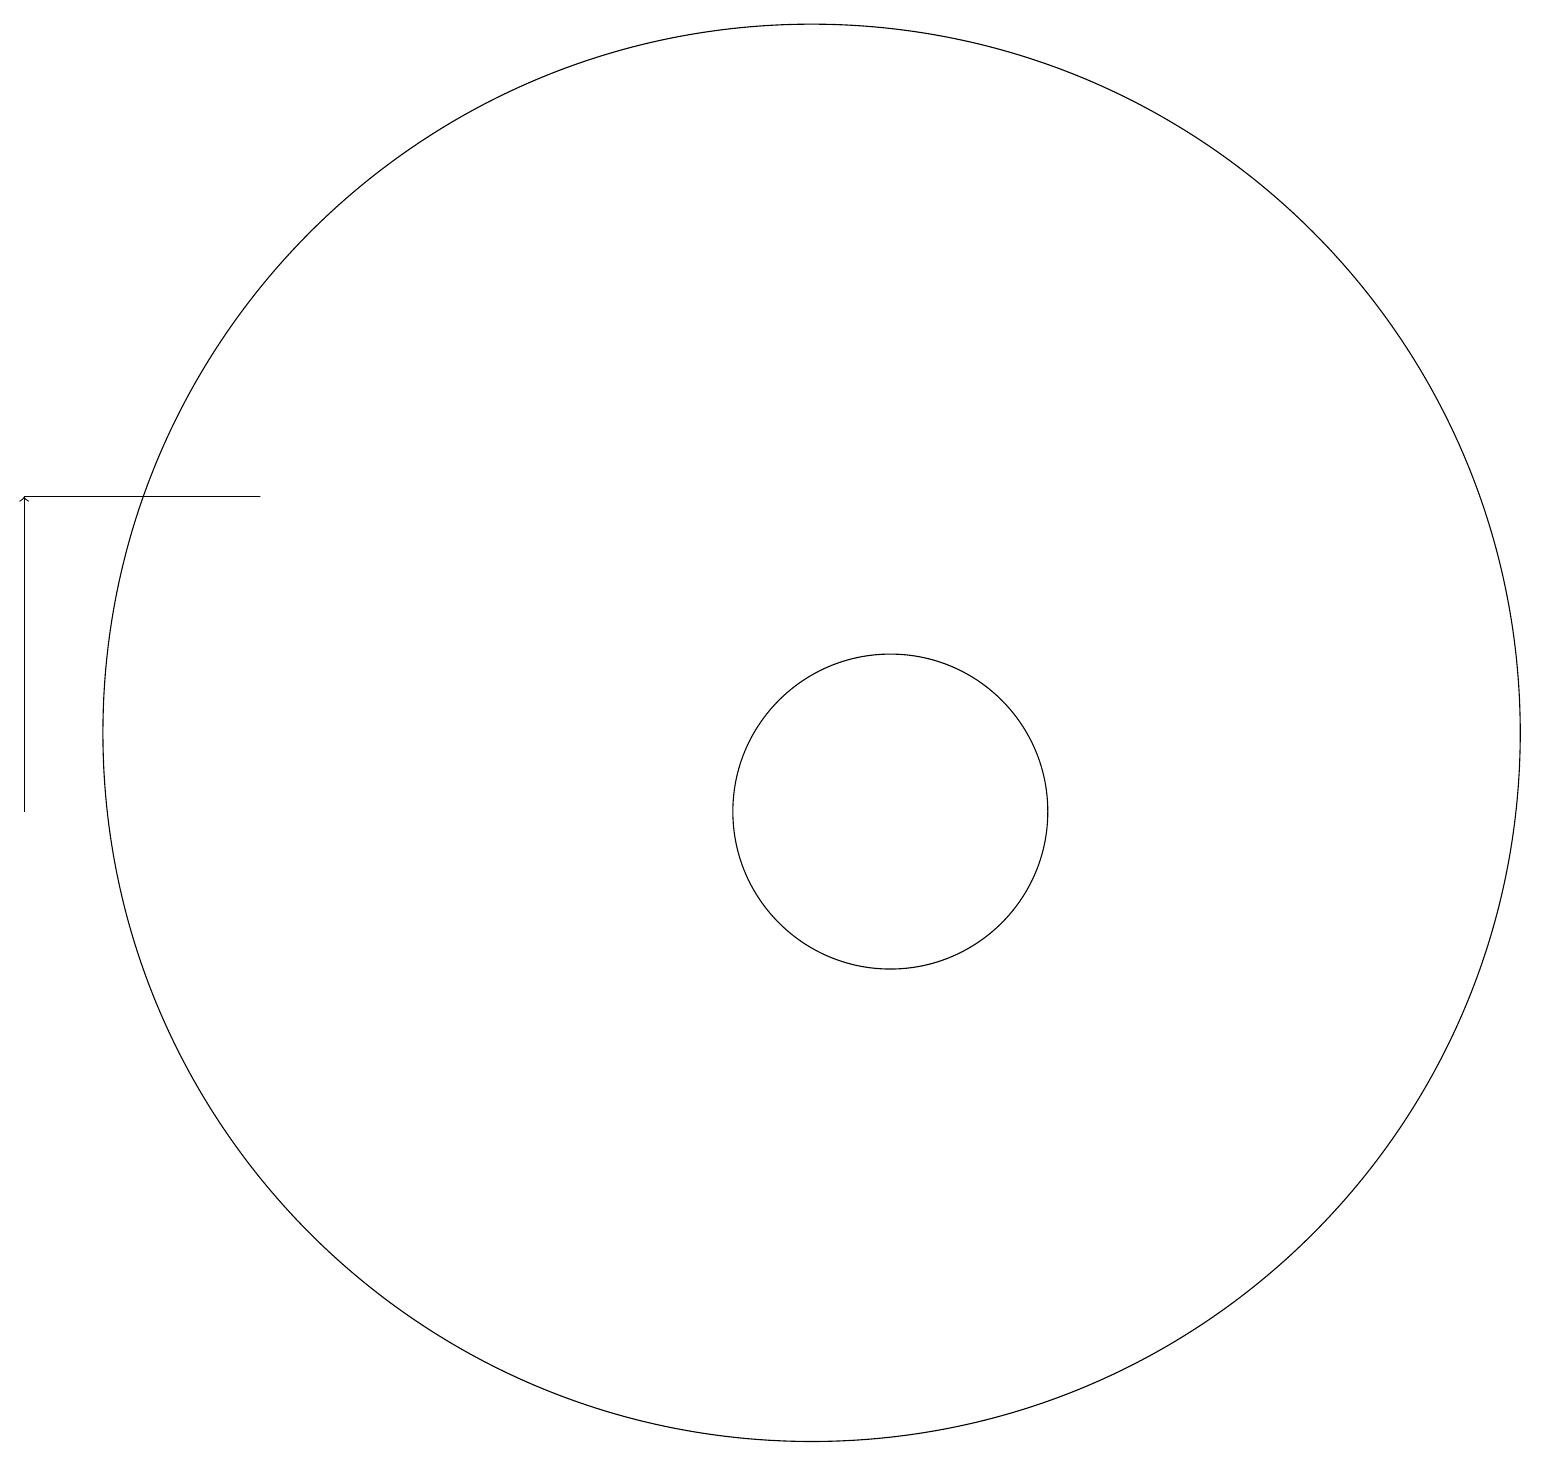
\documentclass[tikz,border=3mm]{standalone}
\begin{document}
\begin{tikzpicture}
\draw (10,11) circle (9);
\draw (3,14) rectangle (0,14);
\draw (11,10) circle (2);
\draw[->] (0,10) -- (0,14);
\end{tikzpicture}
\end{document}